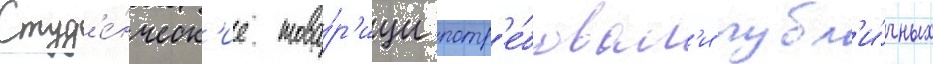
Студ'е́нческ'ие това́р'ищи потр'е́бовал'и публ'и́чных